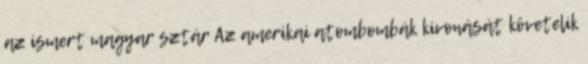
az ismert magyar sztár Az amerikai atombombák kivonását követelik